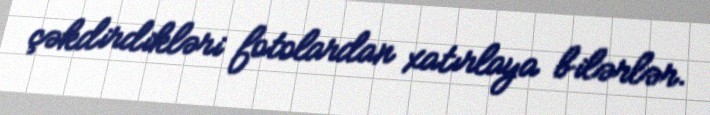
çəkdirdikləri fotolardan xatırlaya bilərlər.